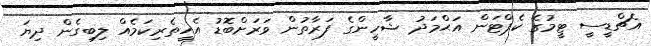
އެޗްޑީސީ ޓީމުގެ ކެޕްޓަން އަޙްމަދު ޝާހީންގެ ފަރާތުން ވަރަށްބޮޑު އެހީތެރިކަމެއް ލިބިގެން ދިޔަ